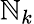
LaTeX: \mathbb{N}_{k}